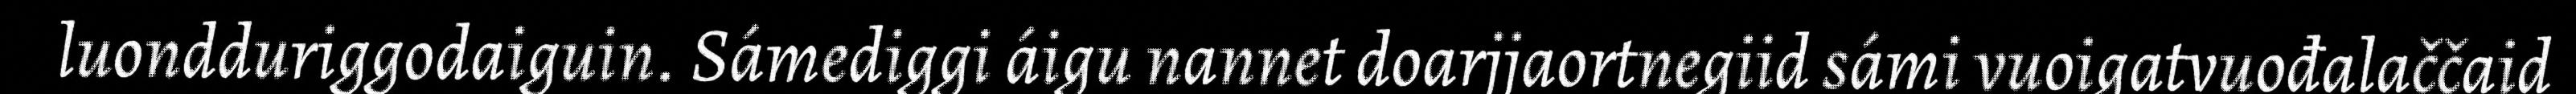
luondduriggodaiguin. Sámediggi áigu nannet doarjjaortnegiid sámi vuoigatvuođalaččaid